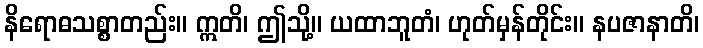
နိရောဓသစ္စာတည်း။ ဣတိ၊ ဤသို့။ ယထာဘူတံ၊ ဟုတ်မှန်တိုင်း။ နပဇာနာတိ၊